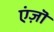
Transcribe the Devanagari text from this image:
एंज़ॊ